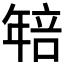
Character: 𭙄